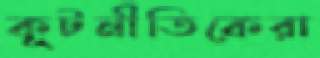
কূটনীতিকেরা